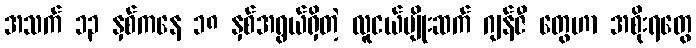
အသက် ၁၃ နှစ်ကနေ ၁၈ နှစ်အရွယ်ရှိတဲ့ လူငယ်မျိုးဆက် ဂျန်ဇီ တွေဟာ အစိုးရတွေ